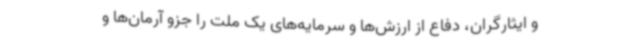
و ایثارگران، دفاع از ارزش‌ها و سرمایه‌های یک ملت را جزو آرمان‌ها و